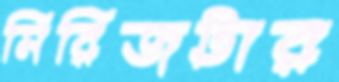
সিরিজটার